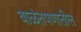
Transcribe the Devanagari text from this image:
बाळंतपणातील